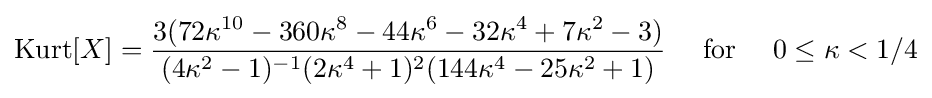
\operatorname {Kurt} [X]={\frac {3(72\kappa ^{10}-360\kappa ^{8}-44\kappa ^{6}-32\kappa ^{4}+7\kappa ^{2}-3)}{(4\kappa ^{2}-1)^{-1}(2\kappa ^{4}+1)^{2}(144\kappa ^{4}-25\kappa ^{2}+1)}}\quad {\text{ for }}\quad 0\leq \kappa <1/4